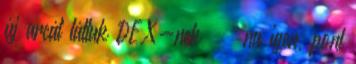
új arcát láttuk DEX-nek ” – na igen, pont